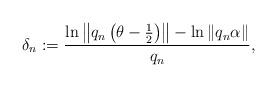
LaTeX: \begin{align*} \delta_{n}:=\frac{\ln \left\|q_{n}\left(\theta-\frac{1}{2}\right)\right\|-\ln \left\|q_{n} \alpha\right\|}{q_{n}},\end{align*}